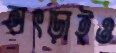
হাৎড়াইও